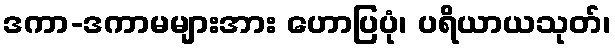
ဒကာ-ဒကာမများအား ဟောပြပုံ၊ ပရိယာယသုတ်၊